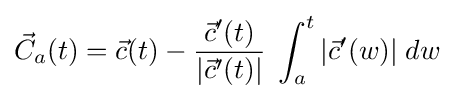
{\vec {C}}_{a}(t)={\vec {c}}(t)-{\frac {{\vec {c}}'(t)}{|{\vec {c}}'(t)|}}\;\int _{a}^{t}|{\vec {c}}'(w)|\;dw